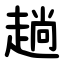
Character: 趟